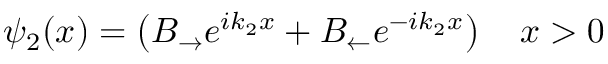
\psi _ { 2 } ( x ) = \left( B _ { \rightarrow } e ^ { i k _ { 2 } x } + B _ { \leftarrow } e ^ { - i k _ { 2 } x } \right) \quad x > 0